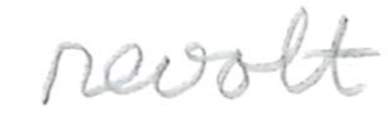
Text: revolt
Cross-out: clean
Writing tool: pencil